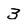
Character: 3